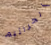
الجراثيم